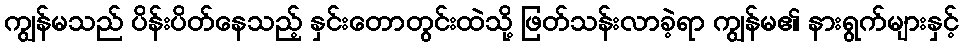
ကျွန်မသည် ပိန်းပိတ်နေသည့် နှင်းတောတွင်းထဲသို့ ဖြတ်သန်းလာခဲ့ရာ ကျွန်မ၏ နားရွက်များနှင့်